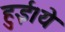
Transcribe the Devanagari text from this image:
हुई।ये